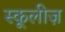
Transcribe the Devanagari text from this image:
स्कूलीज़